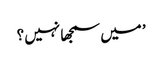
’ میں سمجھا نہیں ؟